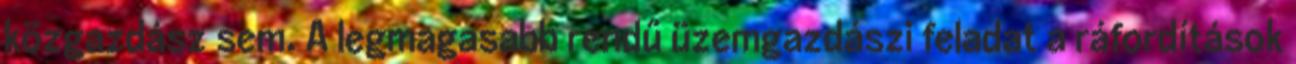
közgazdász sem. A legmagasabb rendű üzemgazdászi feladat a ráfordítások